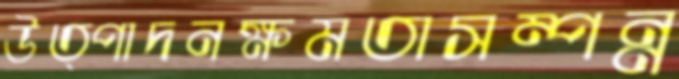
উত্পাদনক্ষমতাসম্পন্ন